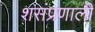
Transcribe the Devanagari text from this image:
शसंप्रणाली